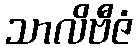
သာလိဗီဇံ